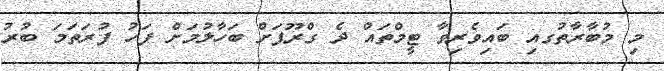
މި މުބާރާތުގއި ބައިވެރިވާ ޓީމްތައް ދެ ގްރޫޕަށް ބަހާލުމަށް ފަހު ފުރަތަމަ ބުރު